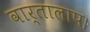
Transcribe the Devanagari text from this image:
वार्तालाप।